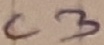
Text: C3